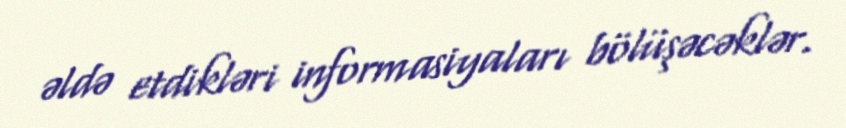
əldə etdikləri informasiyaları bölüşəcəklər.